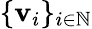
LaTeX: \{ \mathbf{v}_{i}\} _{i\in\mathbb{{N}}}